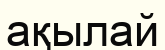
ақылай